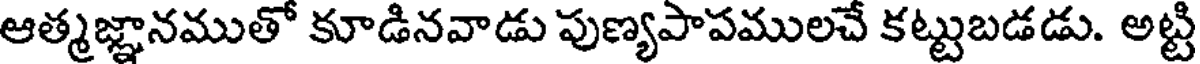
ఆత్మజ్ఞానముతో కూడినవాడు పుణ్యపాపములచే కట్టుబడడు. అట్టి